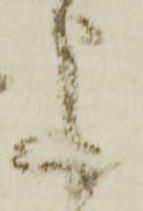
意